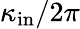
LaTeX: \kappa_{\mathrm{in}}/2\pi